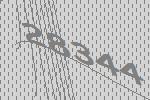
28344